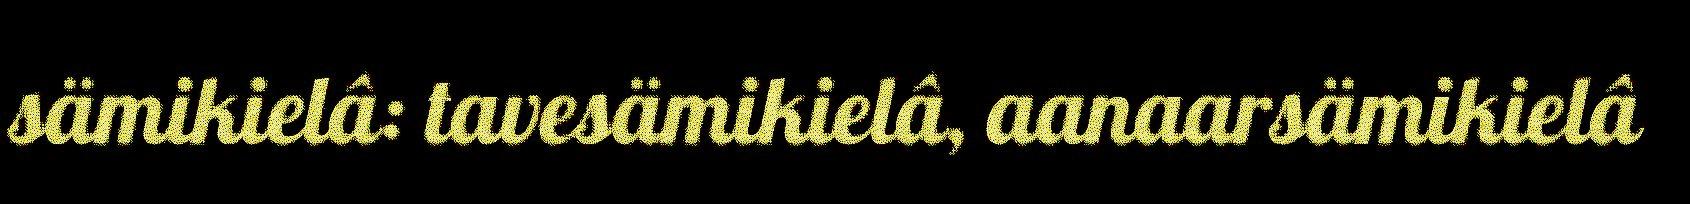
sämikielâ: tavesämikielâ, aanaarsämikielâ